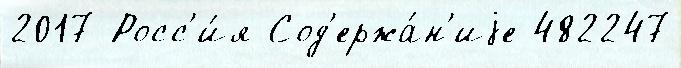
2017 Росс'и́я Сод'ержа́н'иjе 482247